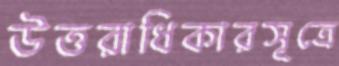
উত্তরাধিকারসূত্রে